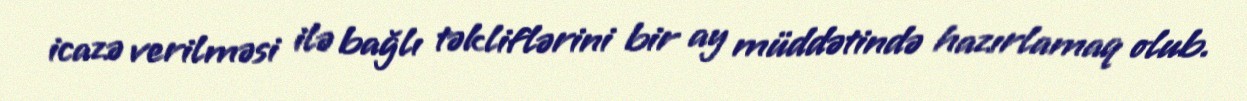
icazə verilməsi ilə bağlı təkliflərini bir ay müddətində hazırlamaq olub.